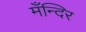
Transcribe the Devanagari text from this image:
मँन्दिर